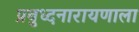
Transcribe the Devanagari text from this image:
प्रबुध्दनारायणाला